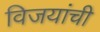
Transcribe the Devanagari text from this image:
विजयांची